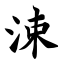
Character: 涑